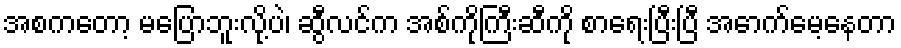
အစကတော့ မပြောဘူးလို့ပဲ၊ ဆွီလင်က အစ်ကိုကြီးဆီကို စာရေးပြီးပြီ အောက်မေ့နေတာ